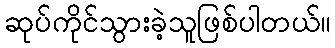
ဆုပ်ကိုင်သွားခဲ့သူဖြစ်ပါတယ်။